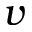
v